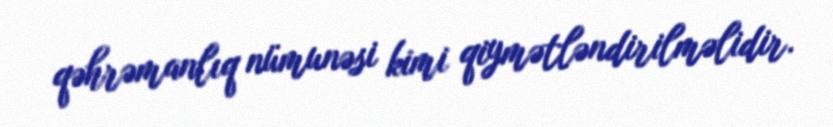
qəhrəmanlıq nümunəsi kimi qiymətləndirilməlidir.